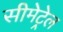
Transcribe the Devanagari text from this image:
सीमेट्रेल